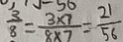
\frac { 3 } { 8 } = \frac { 3 \times 7 } { 8 \times 7 } = \frac { 2 1 } { 5 6 }